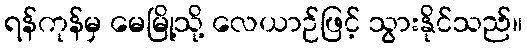
ရန်ကုန်မှ မေမြို့သို့ လေယာဉ်ဖြင့် သွားနိုင်သည်။